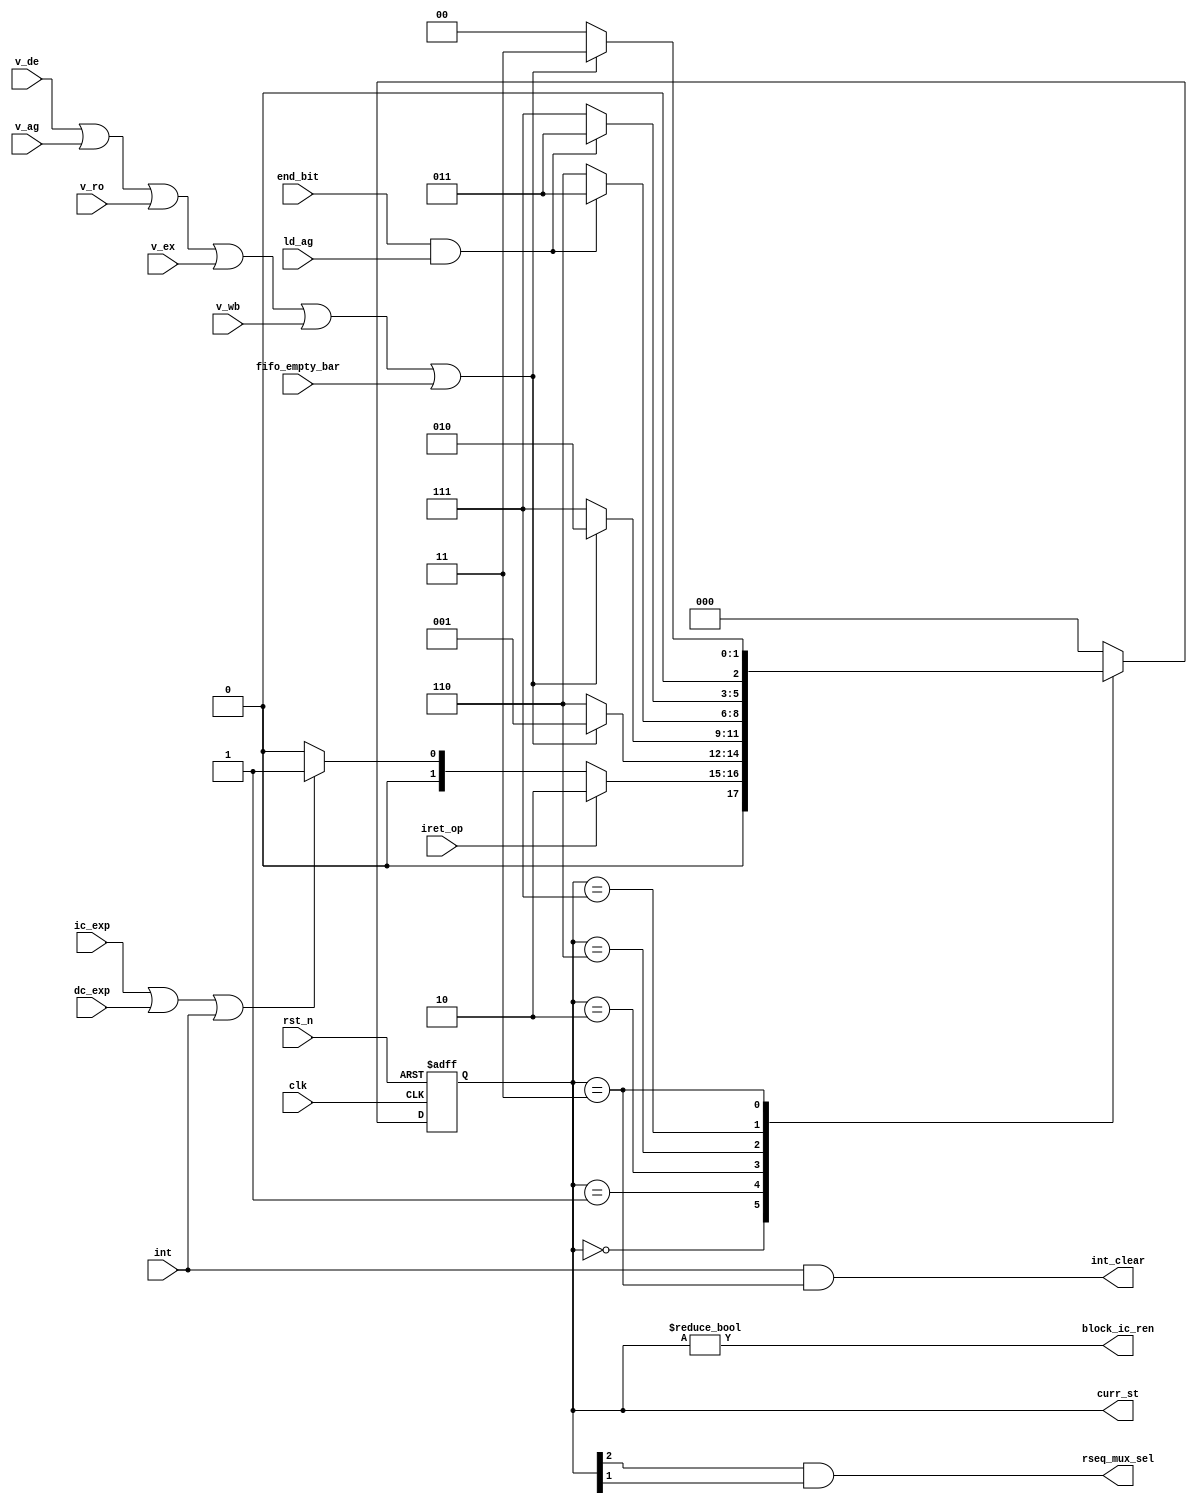
/*************** Microarchiture Project******************/
/********************************************************/
/* Module: Interrupt and exception fsm                  */
/********************************************************/

module intexp_fsm (clk, rst_n, ld_ag, iret_op, int, ic_exp, dc_exp, end_bit, v_de, v_ag, v_ro, 
                   v_ex, v_wb, fifo_empty_bar, int_clear, block_ic_ren, rseq_mux_sel, curr_st);

input        clk;
input        rst_n;
input        ld_ag;
input        iret_op;
input        int;
input        ic_exp;
input        dc_exp;
input        end_bit;
input        v_de;
input        v_ag;
input        v_ro;
input        v_ex;
input        v_wb;
input        fifo_empty_bar;
output       int_clear;
output       block_ic_ren;
output       rseq_mux_sel;
output [2:0] curr_st;

// Internal Variables
localparam IDLE        = 3'd0;
localparam WAIT_INTEXP = 3'd1;
localparam WAIT_IRET   = 3'd2;
localparam RSEQ1       = 3'd6;
localparam RSEQ2       = 3'd7;
localparam DONE        = 3'd3;

wire w_all_valids_zero;
reg [2:0] curr_st, next_st;

// output assign statements
assign int_clear = int & (curr_st == DONE);
assign rseq_mux_sel = curr_st[2] & curr_st[1];
assign block_ic_ren = curr_st != IDLE;

assign w_all_valids_zero = !(v_de | v_ag | v_ro | v_ex | v_wb | fifo_empty_bar);

// fsm
always @(posedge clk or negedge rst_n) begin
  if(~rst_n)
    curr_st <= IDLE;
  else
    curr_st <= next_st; 
end

always @(*) begin
  case(curr_st)
  IDLE: begin
    if(iret_op)
      next_st = WAIT_IRET;
    else if(ic_exp | dc_exp | int)
      next_st = WAIT_INTEXP;
    else
      next_st = IDLE;
  end
  WAIT_INTEXP: begin
    if(w_all_valids_zero)
      next_st = RSEQ1;
    else
      next_st = WAIT_INTEXP;
  end
  WAIT_IRET: begin
    if(w_all_valids_zero)
      next_st = RSEQ2;
    else
      next_st = WAIT_IRET;
  end
  RSEQ1: begin
    if(end_bit & ld_ag)
      next_st = DONE;
    else
      next_st = RSEQ1;
  end
  RSEQ2: begin
    if(end_bit & ld_ag)
      next_st = DONE;
    else
      next_st = RSEQ2;
  end
  DONE: begin
    if(w_all_valids_zero)
      next_st = IDLE;
    else
      next_st = DONE;
  end
  default: next_st = IDLE;
  endcase
end

endmodule